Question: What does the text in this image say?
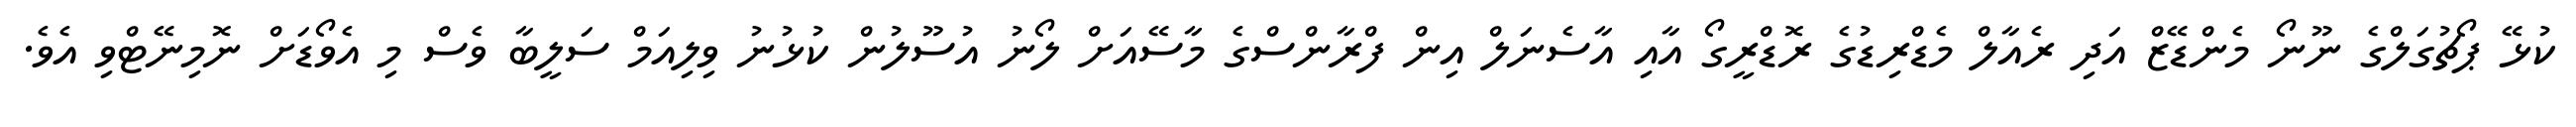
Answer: ކުޅޭ ޕޯޗުގަލްގެ ނޫނޯ މެންޑޭޒް އަދި ރެއާލް މެޑްރިޑުގެ ރޮޑްރީގޯ އާއި އާސެނަލް އިން ފްރާންސްގެ މާސޭއަށް ލޯނު އުސޫލުން ކުޅުނު ވިލިއަމް ސަލީބާ ވެސް މި އެވޯޑަށް ނޮމިނޭޓްވި އެވެ.